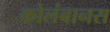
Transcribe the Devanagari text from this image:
कोलंबानस